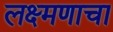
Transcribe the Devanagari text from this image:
लक्ष्मणाचा